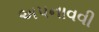
અપનાવવી